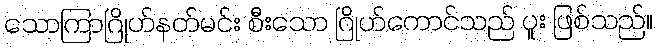
သောကြာဂြိုဟ်နတ်မင်း စီးသော ဂြိုဟ်ကောင်သည် ပူး ဖြစ်သည်။